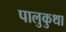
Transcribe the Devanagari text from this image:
पालुकुथा